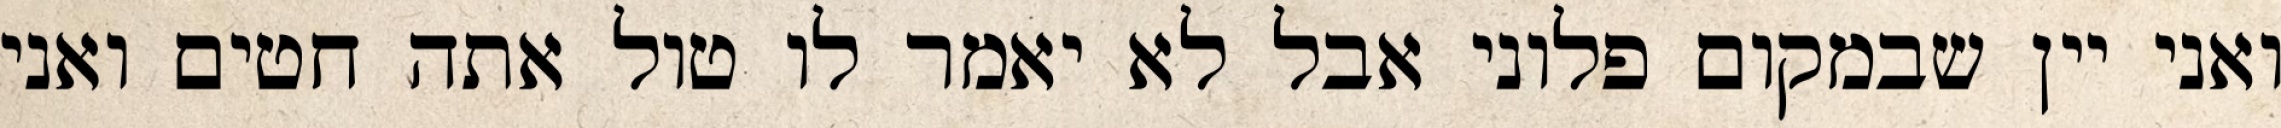
ואני יין שבמקום פלוני אבל לא יאמר לו טול אתה חטים ואני